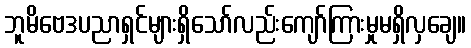
ဘူမိဗေဒပညာရှင်များရှိသော်လည်းကျော်ကြားမှုမရှိလှချေ။